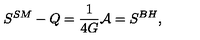
S ^ { S M } - Q = { \frac { 1 } { 4 G } } { \cal A } = S ^ { B H } ,